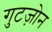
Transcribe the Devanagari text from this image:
गुटज़ोन